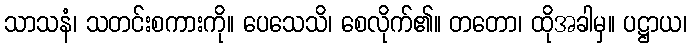
သာသနံ၊ သတင်းစကားကို။ ပေသေသိ၊ စေလိုက်၏။ တတော၊ ထိုအခါမှ။ ပဋ္ဌာယ၊